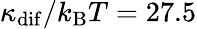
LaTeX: \kappa_{\mathrm{dif}}/k_{\mathrm{B}}T=27.5